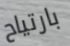
بارتياح